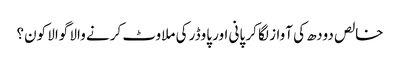
خالص دودھ کی آواز لگا کر پانی اور پاوڈر کی ملاوٹ کرنے والا گوالا کون؟